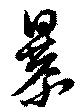
暴